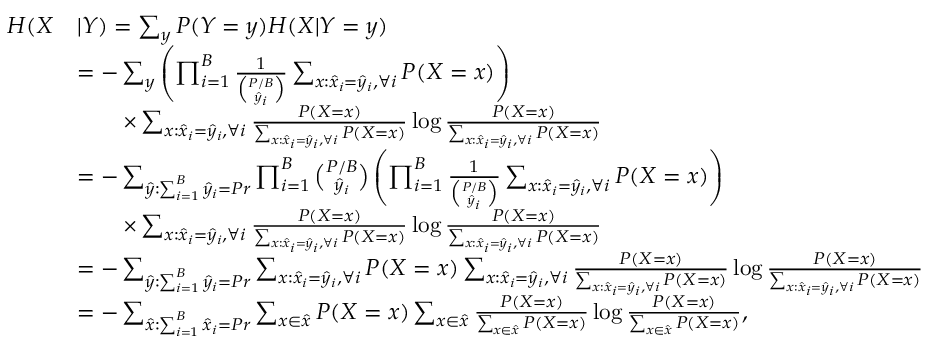
\begin{array} { r l } { H ( X } & { | Y ) = \sum _ { y } P ( Y = y ) H ( X | Y = y ) } \\ & { = - \sum _ { y } \left( \prod _ { i = 1 } ^ { B } \frac { 1 } { \binom { P / B } { \hat { y } _ { i } } } \sum _ { x : \hat { x } _ { i } = \hat { y } _ { i } , \forall i } P ( X = x ) \right) } \\ & { \qquad \times \sum _ { x : \hat { x } _ { i } = \hat { y } _ { i } , \forall i } \frac { P ( X = x ) } { \sum _ { x : \hat { x } _ { i } = \hat { y } _ { i } , \forall i } P ( X = x ) } \log \frac { P ( X = x ) } { \sum _ { x : \hat { x } _ { i } = \hat { y } _ { i } , \forall i } P ( X = x ) } } \\ & { = - \sum _ { \hat { y } : \sum _ { i = 1 } ^ { B } \hat { y } _ { i } = P r } \prod _ { i = 1 } ^ { B } \binom { P / B } { \hat { y } _ { i } } \left( \prod _ { i = 1 } ^ { B } \frac { 1 } { \binom { P / B } { \hat { y } _ { i } } } \sum _ { x : \hat { x } _ { i } = \hat { y } _ { i } , \forall i } P ( X = x ) \right) } \\ & { \qquad \times \sum _ { x : \hat { x } _ { i } = \hat { y } _ { i } , \forall i } \frac { P ( X = x ) } { \sum _ { x : \hat { x } _ { i } = \hat { y } _ { i } , \forall i } P ( X = x ) } \log \frac { P ( X = x ) } { \sum _ { x : \hat { x } _ { i } = \hat { y } _ { i } , \forall i } P ( X = x ) } } \\ & { = - \sum _ { \hat { y } : \sum _ { i = 1 } ^ { B } \hat { y } _ { i } = P r } \sum _ { x : \hat { x } _ { i } = \hat { y } _ { i } , \forall i } P ( X = x ) \sum _ { x : \hat { x } _ { i } = \hat { y } _ { i } , \forall i } \frac { P ( X = x ) } { \sum _ { x : \hat { x } _ { i } = \hat { y } _ { i } , \forall i } P ( X = x ) } \log \frac { P ( X = x ) } { \sum _ { x : \hat { x } _ { i } = \hat { y } _ { i } , \forall i } P ( X = x ) } } \\ & { = - \sum _ { \hat { x } : \sum _ { i = 1 } ^ { B } \hat { x } _ { i } = P r } \sum _ { x \in \hat { x } } P ( X = x ) \sum _ { x \in \hat { x } } \frac { P ( X = x ) } { \sum _ { x \in \hat { x } } P ( X = x ) } \log \frac { P ( X = x ) } { \sum _ { x \in \hat { x } } P ( X = x ) } , } \end{array}